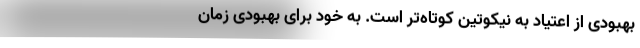
بهبودی از اعتیاد به نیکوتین کوتاه‌تر است. به خود برای بهبودی زمان